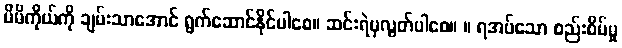
မိမိကိုယ်ကို ချမ်းသာအောင် ရွက်ဆောင်နိုင်ပါစေ။ ဆင်းရဲမှလွတ်ပါစေ။ ။ ရအပ်သော စည်းစိမ်မှု